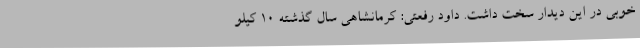
خوبی در این دیدار سخت داشت. داود رفعتی: کرمانشاهی سال گذشته 10 کیلو